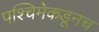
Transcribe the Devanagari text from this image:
पश्चिमेकडूनच